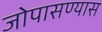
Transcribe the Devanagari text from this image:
जोपासण्यास